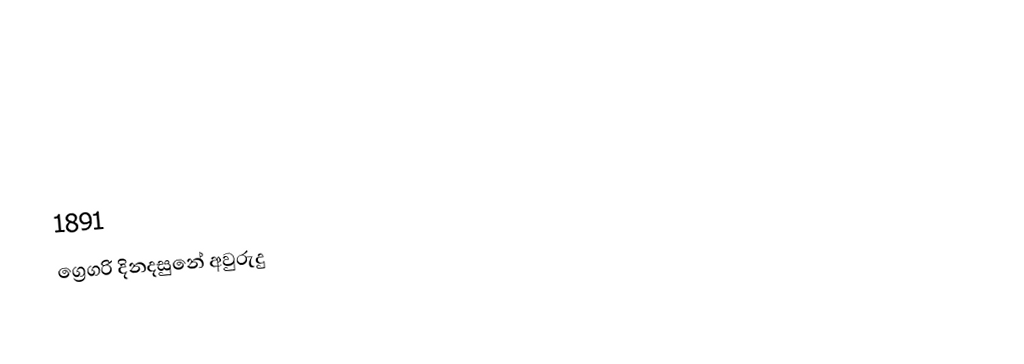

1891
ග්‍රෙගරි දිනදසුනේ අවුරුදු